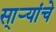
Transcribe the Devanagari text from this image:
सा्र्‍यांचे